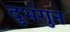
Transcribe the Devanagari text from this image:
दुभंगुन